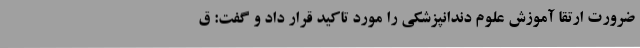
ضرورت ارتقا آموزش علوم دندانپزشکی را مورد تاکید قرار داد و گفت: ق